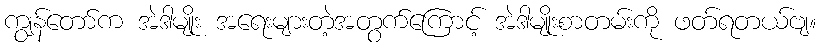
ကျွန်တော်က အဲဒါမျိုး အရေးများတဲ့အတွက်ကြောင့် အဲဒါမျိုးစာတမ်းကို ဖတ်ရတယ်ဗျ။